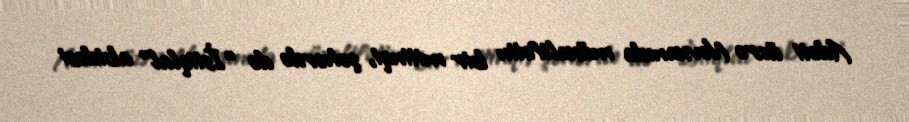
Adəti üzrə Novxanıda müxalifətin bir mitinqi, şəhərdə də “İstiqlal” abidəsi